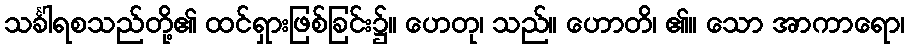
သင်္ခါရစသည်တို့၏ ထင်ရှားဖြစ်ခြင်း၌။ ဟေတု၊ သည်။ ဟောတိ၊ ၏။ သော အာကာရော၊